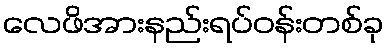
လေဖိအားနည်းရပ်ဝန်းတစ်ခု